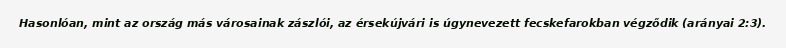
Hasonlóan, mint az ország más városainak zászlói, az érsekújvári is úgynevezett fecskefarokban végződik (arányai 2:3).